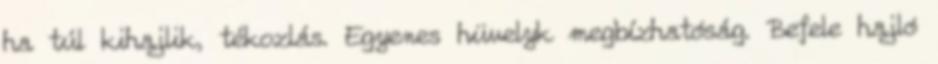
ha túl kihajlik, tékozlás. Egyenes hüvelyk megbízhatóság. Befele hajló